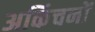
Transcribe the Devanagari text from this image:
अकिंचनों